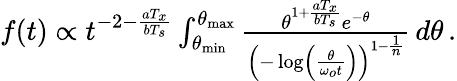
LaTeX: \begin{array}{r}{f(t)\propto t^{-2-\frac{aT_{x}}{bT_{s}}}\int_{\theta_{\mathrm{min}}}^{\theta_{\mathrm{max}}}\frac{\theta^{1+\frac{aT_{x}}{bT_{s}}}e^{-\theta}}{\left(-\log\left(\frac{\theta}{\omega_{o}t}\right)\right)^{1-\frac{1}{n}}}\, d\theta\, .}\end{array}